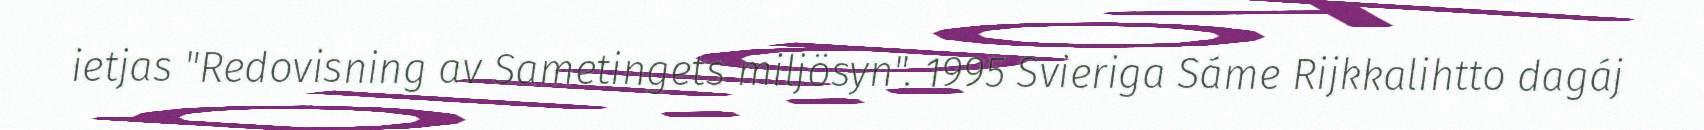
ietjas "Redovisning av Sametingets miljösyn". 1995 Svieriga Sáme Rijkkalihtto dagáj